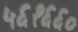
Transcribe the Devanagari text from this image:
५६१६६०